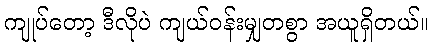
ကျုပ်တော့ ဒီလိုပဲ ကျယ်ဝန်းမျှတစွာ အယူရှိတယ်။